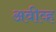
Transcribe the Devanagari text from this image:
अवीव्ह